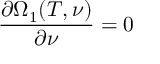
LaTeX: \frac { \partial \Omega _ { 1 } ( T , \nu ) } { \partial \nu } = 0